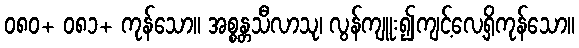
၀၈၀+ ၀၈၁+ ကုန်သော။ အစ္စန္တသီလာသု၊ လွန်ကျူး၍ကျင့်လေ့ရှိကုန်သော။